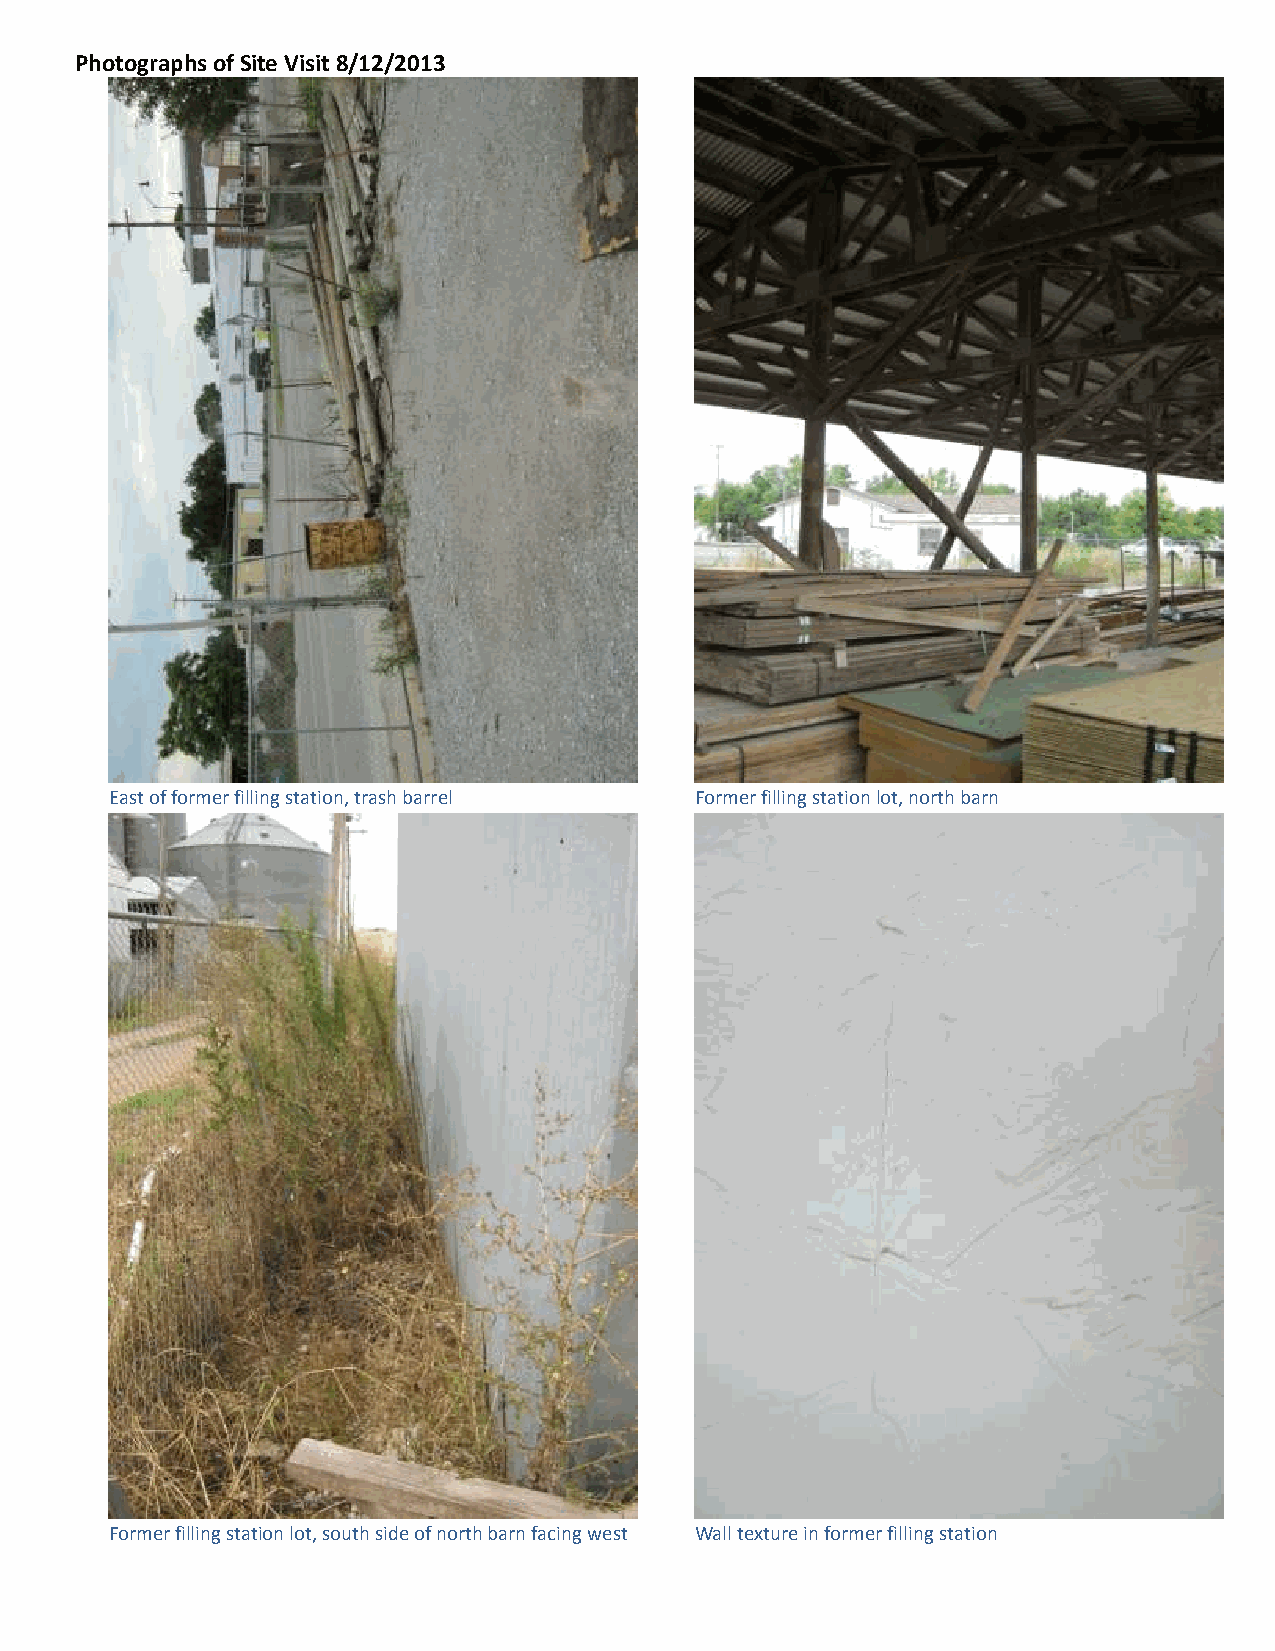
Photographs of Site Visit 8/12/2013
 East of former filling station, trash barrel Former filling station lot, north barn
 Former filling station lot, south side of north barn facing west Wall texture in former filling station